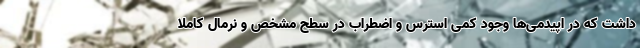
داشت که در اپیدمی‌ها وجود کمی استرس و اضطراب در سطح مشخص و نرمال کاملا